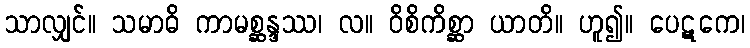
သာလျှင်။ သမာဓိ ကာမစ္ဆန္ဒဿ၊ လ။ ဝိစိကိစ္ဆာ ယာတိ။ ဟူ၍။ ပေဋကေ၊